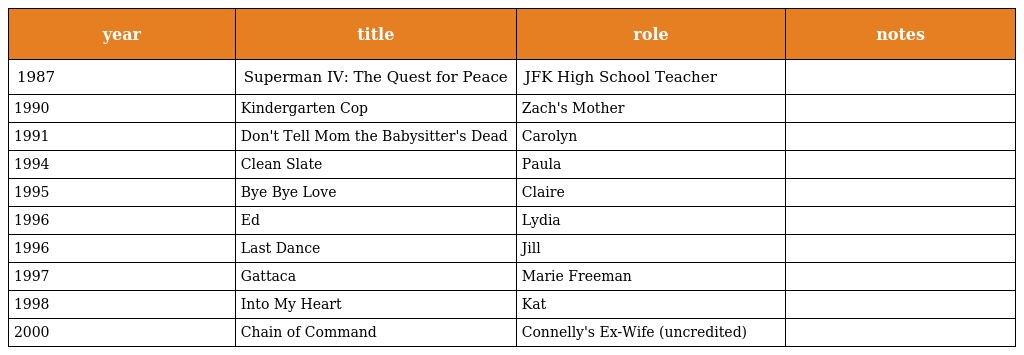
| year | title | role | notes |
 | --- | --- | --- | --- |
 | 1987 | Superman IV: The Quest for Peace | JFK High School Teacher |  |
 | 1990 | Kindergarten Cop | Zach's Mother |  |
 | 1991 | Don't Tell Mom the Babysitter's Dead | Carolyn |  |
 | 1994 | Clean Slate | Paula |  |
 | 1995 | Bye Bye Love | Claire |  |
 | 1996 | Ed | Lydia |  |
 | 1996 | Last Dance | Jill |  |
 | 1997 | Gattaca | Marie Freeman |  |
 | 1998 | Into My Heart | Kat |  |
 | 2000 | Chain of Command | Connelly's Ex-Wife (uncredited) |  |